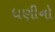
ધણીનો